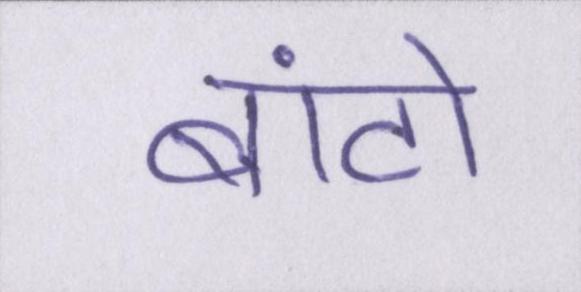
बांटो